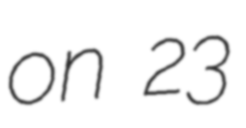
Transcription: on 23